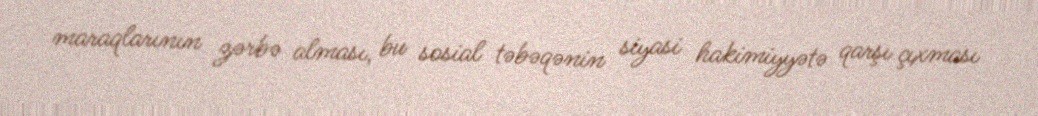
maraqlarının zərbə alması, bu sosial təbəqənin siyasi hakimiyyətə qarşı çıxması